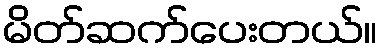
မိတ်ဆက်ပေးတယ်။